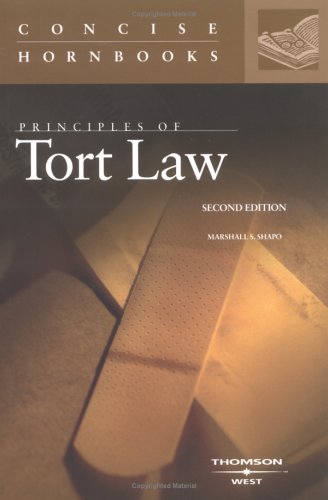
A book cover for Principles of Tort Law (The Concise Hornbook Series) (Nutshell); Marshall S. Shapo; Law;